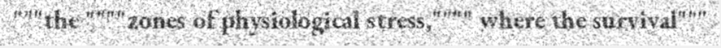
"""the """"zones of physiological stress,"""" where the survival"""